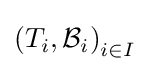
\left(T_{i},{\mathcal {B}}_{i}\right)_{i\in I}